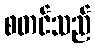
စတင်သည်